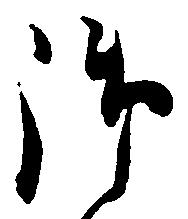
御